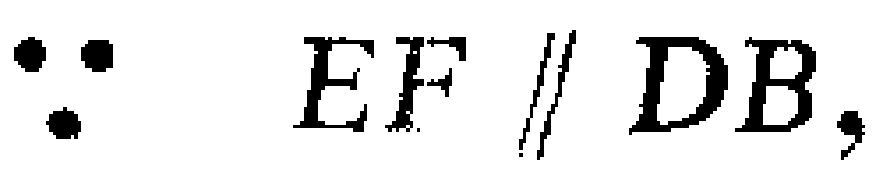
\(\because EF\parallel DB,\)